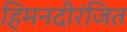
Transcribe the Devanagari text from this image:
हिमनदीरंजित